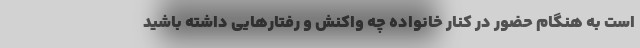
است به هنگام حضور در کنار خانواده چه واکنش و رفتارهایی داشته باشید